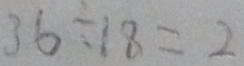
3 6 \div 1 8 = 2